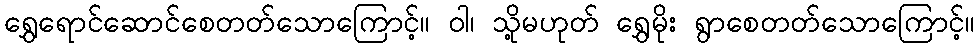
ရွှေရောင်ဆောင်စေတတ်သောကြောင့်။ ဝါ၊ သို့မဟုတ် ရွှေမိုး ရွာစေတတ်သောကြောင့်။